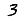
Digit: 3